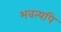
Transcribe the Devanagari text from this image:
भवत्यपि